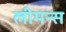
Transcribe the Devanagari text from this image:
लीमन्स